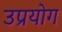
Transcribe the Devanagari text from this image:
उप्रयोग